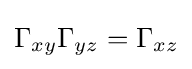
\Gamma _{xy}\Gamma _{yz}=\Gamma _{xz}